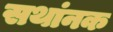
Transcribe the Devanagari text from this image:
सथांनक